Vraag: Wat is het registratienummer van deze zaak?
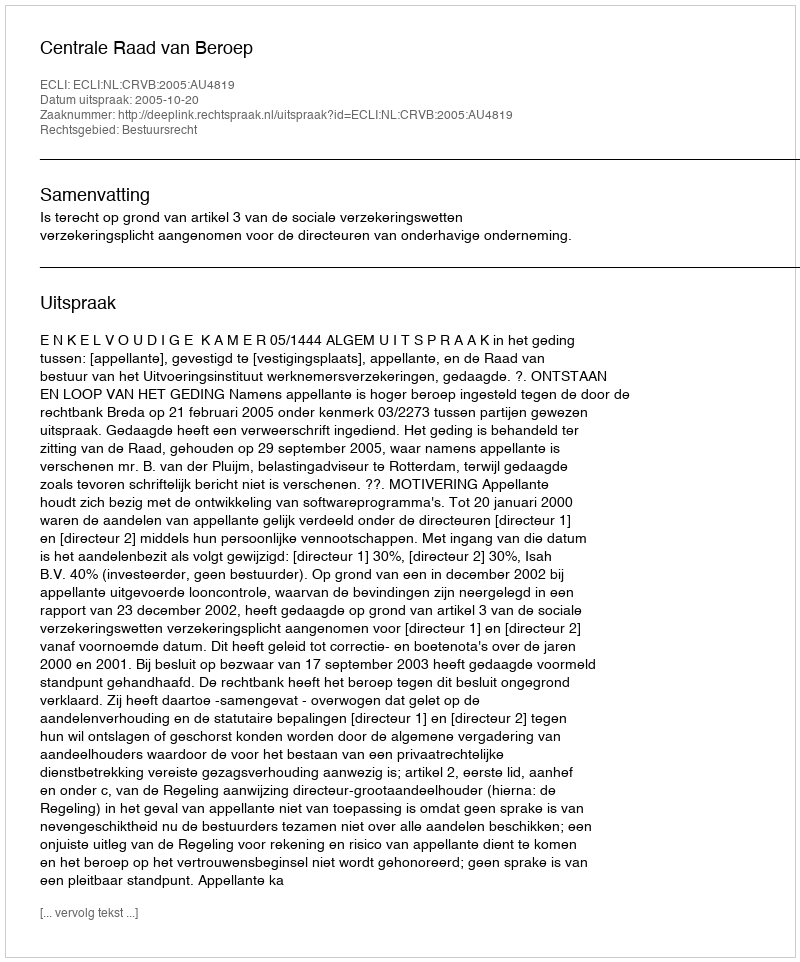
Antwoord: http://deeplink.rechtspraak.nl/uitspraak?id=ECLI:NL:CRVB:2005:AU4819